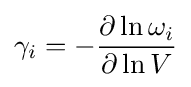
\gamma _{i}=-{\frac {\partial \ln \omega _{i}}{\partial \ln V}}